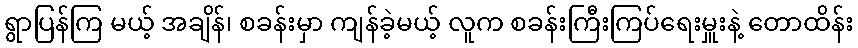
ရွာပြန်ကြ မယ့် အချိန်၊ စခန်းမှာ ကျန်ခဲ့မယ့် လူက စခန်းကြီးကြပ်ရေးမှူးနဲ့ တောထိန်း